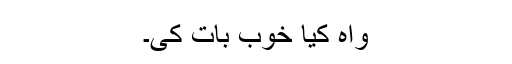
واہ کیا خوب بات کی۔